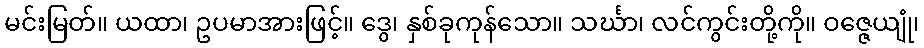
မင်းမြတ်။ ယထာ၊ ဥပမာအားဖြင့်။ ဒွေ၊ နှစ်ခုကုန်သော။ သင်္ဃာ၊ လင်ကွင်းတို့ကို။ ဝဇ္ဇေယျုံ၊